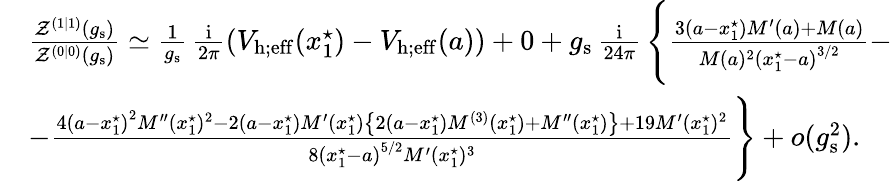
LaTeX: \begin{array}{rl}&{\frac{\mathcal{Z}^{(1|1)}(g_{\mathrm{s}})}{\mathcal{Z}^{(0|0)}(g_{\mathrm{s}})}\simeq\frac{1}{g_{\mathrm{s}}}\, \frac{{\mathrm{i}}}{2\pi}\left(V_{\mathrm{h;eff}}(x_{1}^{\star})-V_{\mathrm{h;eff}}(a)\right)+0+g_{\mathrm{s}}\, \frac{{\mathrm{i}}}{24\pi}\, \Bigg\lbrace\frac{3\left(a-x_{1}^{\star}\right)M^{\prime}(a)+M(a)}{M(a)^{2}\left(x_{1}^{\star}-a\right)^{3/2}}-}\\ &{-\frac{4\left(a-x_{1}^{\star}\right)^{2}M^{\prime\prime}(x_{1}^{\star})^{2}-2\left(a-x_{1}^{\star}\right)M^{\prime}(x_{1}^{\star})\left\{ 2\left(a-x_{1}^{\star}\right)M^{(3)}(x_{1}^{\star})+M^{\prime\prime}(x_{1}^{\star})\right\} +19M^{\prime}(x_{1}^{\star})^{2}}{8\left(x_{1}^{\star}-a\right)^{5/2}M^{\prime}(x_{1}^{\star})^{3}}\Bigg\rbrace+o(g_{\mathrm{s}}^{2}).}\end{array}